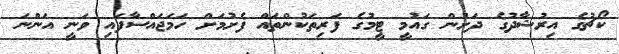
ކޯޗުގެ އިރުޝާދުގެ ދަށުން ގައުމީ ޓީމުގެ ފަރިތަކުންތައް ފެށުމަށް ހަމަޖައްސާފައި ވަނީ އަންނަ